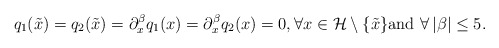
\begin{align*}q_1(\tilde x)=q_2(\tilde x)=\partial^\beta_xq_1(x)=\partial^\beta_xq_2(x)=0, \forall x\in \mathcal H\setminus\{\tilde x\}\mbox{and}\,\,\forall\,\vert \beta\vert\le 5.\end{align*}